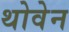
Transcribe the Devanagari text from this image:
थोवेन